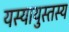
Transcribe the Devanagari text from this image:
यस्यायुस्तस्य